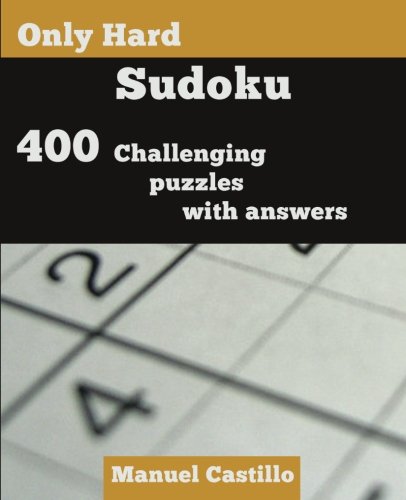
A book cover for Only Hard Sudoku: 400 Challenging Puzzles; Manuel Castillo; Humor & Entertainment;